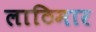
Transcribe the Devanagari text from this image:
लाठिमार